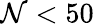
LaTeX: \mathcal{N}<50